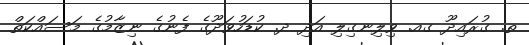
ތ. ގުރައިދޫ ގއ. ވިލިނގިލި އަދި ދ. ކުޑަހުވަދޫގެ ފެނުގެ ނިޒާމުގެ މަސައްކަތް